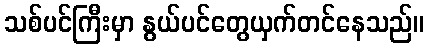
သစ်ပင်ကြီးမှာ နွယ်ပင်တွေယှက်တင်နေသည်။